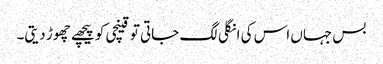
بس جہاں اس کی انگلی لگ جاتی تو قینچی کو پیچھے چھوڑ دیتی۔